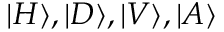
| H \rangle , | D \rangle , | V \rangle , | A \rangle